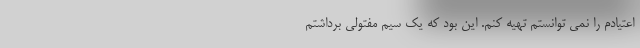
اعتیادم را نمی توانستم تهیه کنم. این بود که یک سیم مفتولی برداشتم